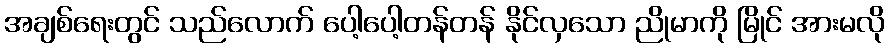
အချစ်ရေးတွင် သည်လောက် ပေါ့ပေါ့တန်တန် နိုင်လှသော ညိုမာကို မြိုင် အားမလို